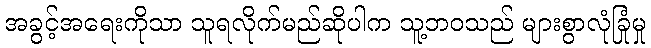
အခွင့်အရေးကိုသာ သူရလိုက်မည်ဆိုပါက သူ့ဘဝသည် များစွာလုံခြုံမှု